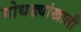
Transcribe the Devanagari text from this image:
गोधड्यांखाली